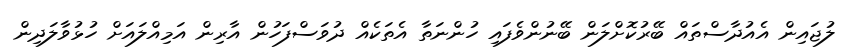
ލުޖައިން އެއުދާސްތައް ބޭރުކޮށްލަން ބޭނުންވެފައި ހުންނަތާ އެތަކެއް ދުވަސްފަހުން އާރިން އަމިއްލައަށް ހުޅުވާލަދިން